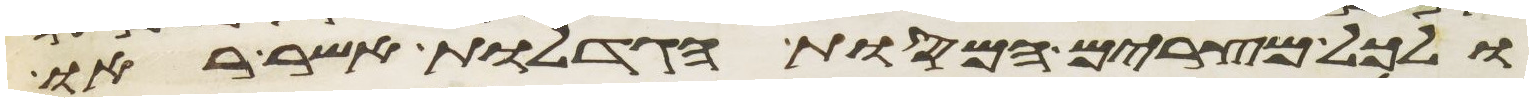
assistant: ולכל מצרים המסות הגדלות אשר ראו